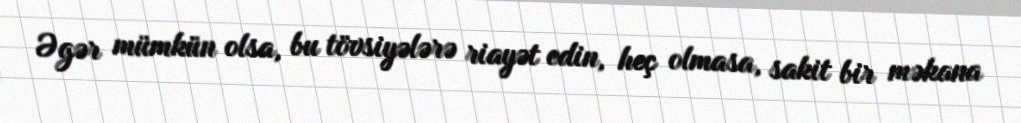
Əgər mümkün olsa, bu tövsiyələrə riayət edin, heç olmasa, sakit bir məkana